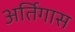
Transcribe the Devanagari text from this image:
अर्तिगास